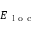
E _ { \mathrm { ~ l ~ o ~ c ~ } }